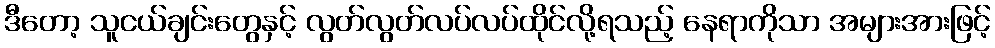
ဒီတော့ သူငယ်ချင်းတွေနှင့် လွတ်လွတ်လပ်လပ်ထိုင်လို့ရသည့် နေရာကိုသာ အများအားဖြင့်